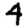
Digit: 4